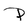
Character: P